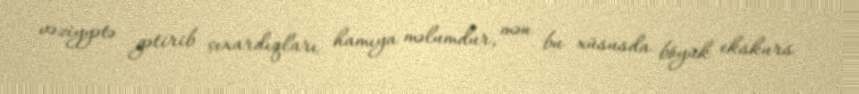
vəziyyətə gətirib çıxardıqları hamıya məlumdur, mən bu xüsusda böyük ekskurs